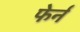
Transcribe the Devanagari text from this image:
फेर्न